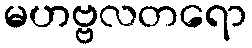
မဟဗ္ဗလတရော